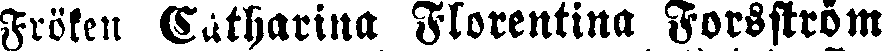
Fröken Catharina Florentina Forsström